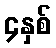
၄နှစ်